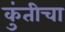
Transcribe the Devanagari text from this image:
कुंतीचा